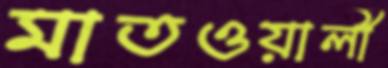
মাতওয়ালী